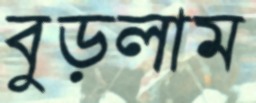
বুড়লাম